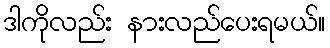
ဒါကိုလည်း နားလည်ပေးရမယ်။